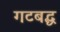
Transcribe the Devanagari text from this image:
गटबद्ध